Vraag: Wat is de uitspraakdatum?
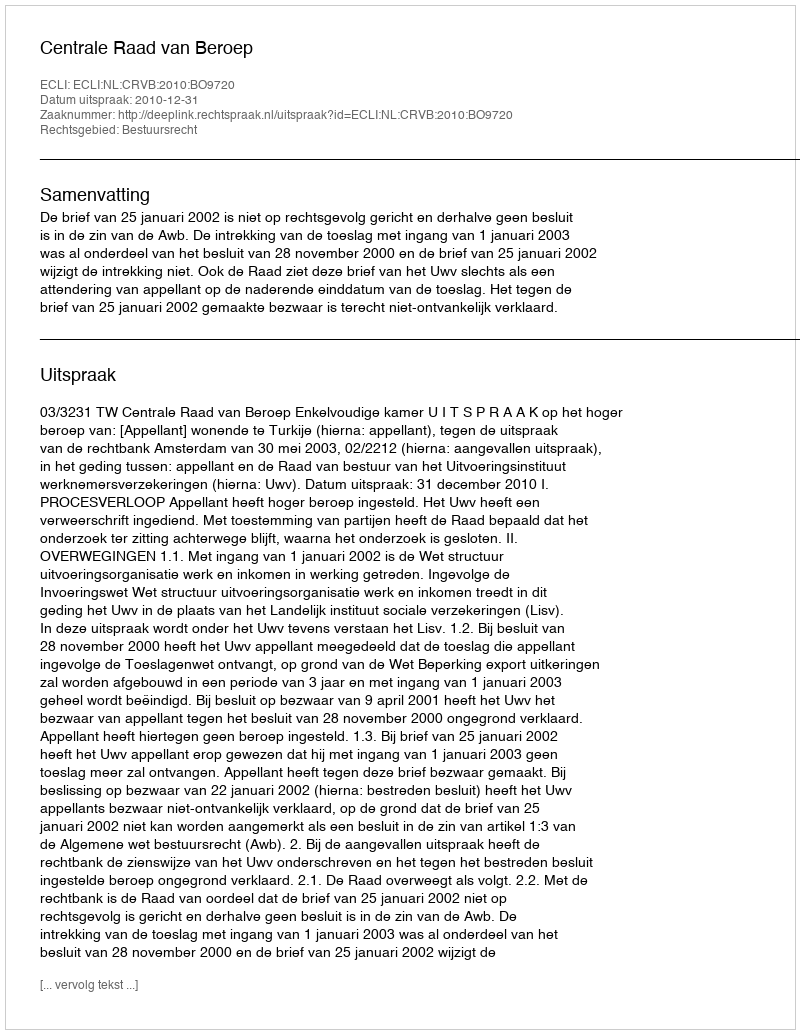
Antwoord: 2010-12-31